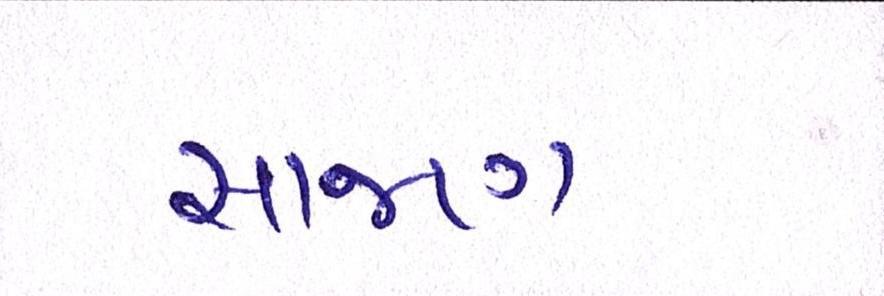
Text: સાજણ